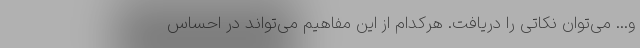
و... می‌توان نکاتی را دریافت. هرکدام از این مفاهیم می‌تواند در احساس